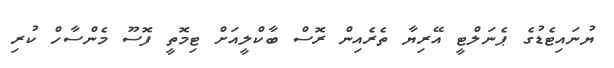
ޔުނައިޓެޑުގެ ޕެނަލްޓީ އޭރިޔާ ތެރެއިން ރޮސް ބާކްލީއަށް ޓިމޮތީ ފޮސޫ މެންސާހް ކުރި